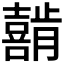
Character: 𰉇